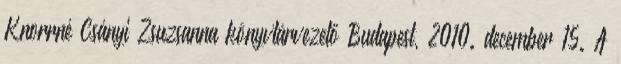
Knorrné Csányi Zsuzsanna könyvtárvezető Budapest, 2010. december 15. A